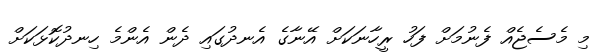
މި މެސެޖެއް ފެނުމަށް ފަހު ރީހާނަކަށް އޭނާގެ އެނދުގައި ދެން އެންމެ ހިނދުކޮޅަކަށް